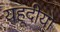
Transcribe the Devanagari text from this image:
यहूदीयो